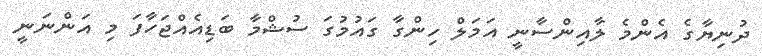
ދުނިޔާގެ އެންމެ ލާއިންސާނީ އަމަލް ހިންގާ ގައުމުގަ ސުޝްމާ ބަޑިއެއްޖަހާފަ މި އަންނަނީ